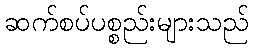
ဆက်စပ်ပစ္စည်းများသည်